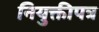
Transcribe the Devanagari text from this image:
नियुक्तीपत्र